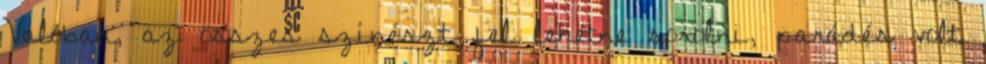
Valóban, az összes színészt fel lehetne sorolni, parádés volt